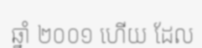
ឆ្នាំ ២០០១ ហើយ ដែល